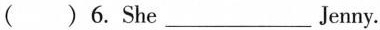
( )6.She ___ Jenny.